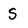
Character: S